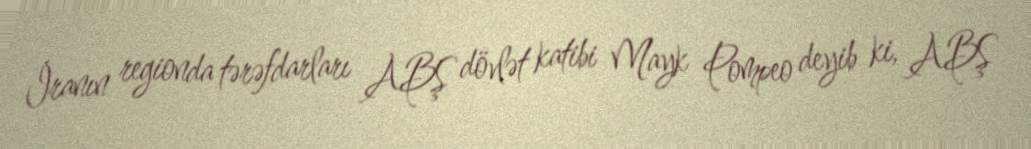
İranın regionda tərəfdarları ABŞ dövlət katibi Mayk Pompeo deyib ki, ABŞ